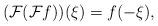
LaTeX: \begin{align*}(\mathcal{F}(\mathcal{F}f))(\xi )=f(-\xi ), \end{align*}